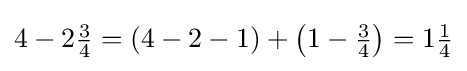
4-2{\tfrac {3}{4}}=(4-2-1)+{\bigl (}1-{\tfrac {3}{4}}{\bigr )}=1{\tfrac {1}{4}}